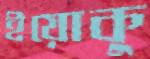
ইয়োকু